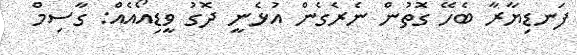
ފަނޑިޔާރާ ބެހޭ ގޮތުން ނެރެގެން އުޅެނީ ދޮގު ވީޑިއޯއެއް: ގާސިމް